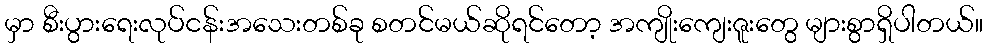
မှာ စီးပွားရေးလုပ်ငန်းအသေးတစ်ခု စတင်မယ်ဆိုရင်တော့ အကျိုးကျေးဇူးတွေ များစွာရှိပါတယ်။